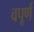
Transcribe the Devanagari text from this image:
वपूर्ण